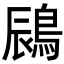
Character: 𪁧